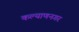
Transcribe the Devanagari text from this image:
कल्याणनगर